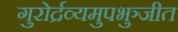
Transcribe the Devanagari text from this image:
गुरोर्द्रव्यमुपभुञ्जीत